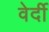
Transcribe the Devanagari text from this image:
वेर्दी